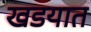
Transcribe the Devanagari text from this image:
खडयात